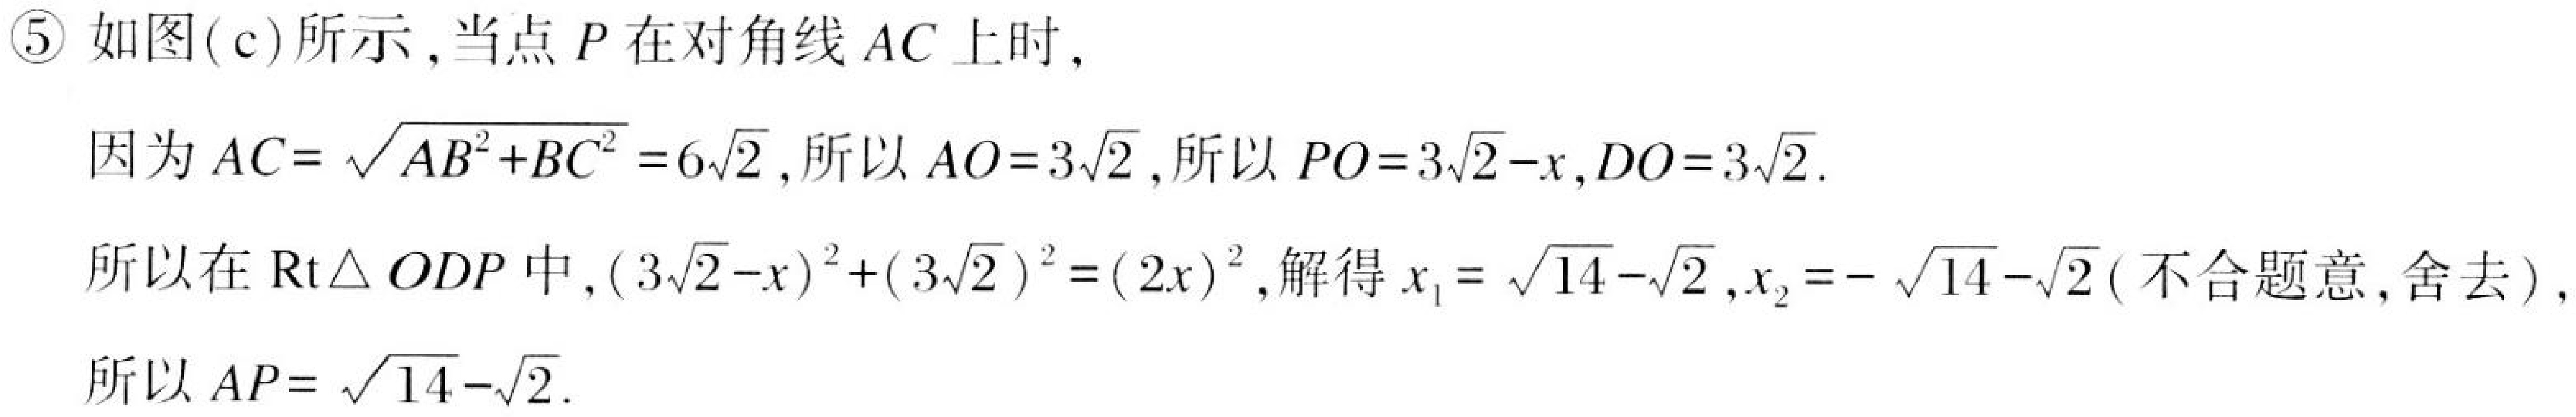
\textcircled{5}如图(c)所示,当点$P$在对角线$AC$上时,
因为$AC = \sqrt{AB^{2}+BC^{2}}=6\sqrt{2}$,所以$AO = 3\sqrt{2}$,所以$PO = 3\sqrt{2}-x,DO = 3\sqrt{2}$.
所以在$\text{Rt}\triangle ODP$中,$(3\sqrt{2}-x)^{2}+(3\sqrt{2})^{2}=(2x)^{2}$,解得$x_{1}=\sqrt{14}-\sqrt{2},x_{2}=-\sqrt{14}-\sqrt{2}$(不合题意,舍去),
所以$AP=\sqrt{14}-\sqrt{2}$.